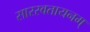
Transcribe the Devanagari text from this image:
सारस्वतायनम्